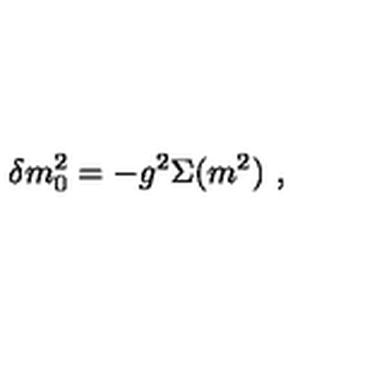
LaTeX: \delta m _ { 0 } ^ { 2 } = - g ^ { 2 } \Sigma ( m ^ { 2 } ) \ ,